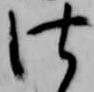
仕